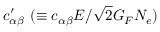
c _ { \alpha \beta } ^ { \prime } ~ ( \equiv c _ { \alpha \beta } E / \sqrt { 2 } G _ { F } N _ { e } )